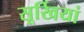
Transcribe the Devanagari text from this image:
सूर्खियां